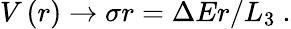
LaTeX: V\left(r\right)\rightarrow\sigma r=\Delta Er/L_{3}\ .